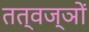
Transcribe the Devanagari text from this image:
तत्वज्ञों